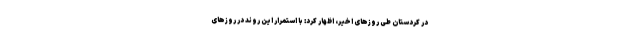
در کردستان طی روزهای اخیر، اظهار کرد: با استمرار این روند در روزهای